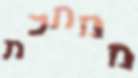
ממתכת